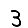
Digit: 3